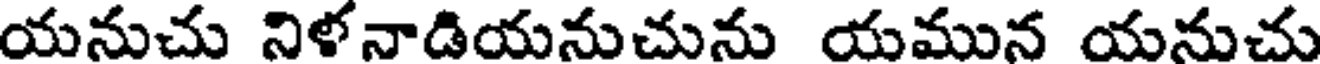
యనుచు నిళనాడియనుచును యమున యనుచు